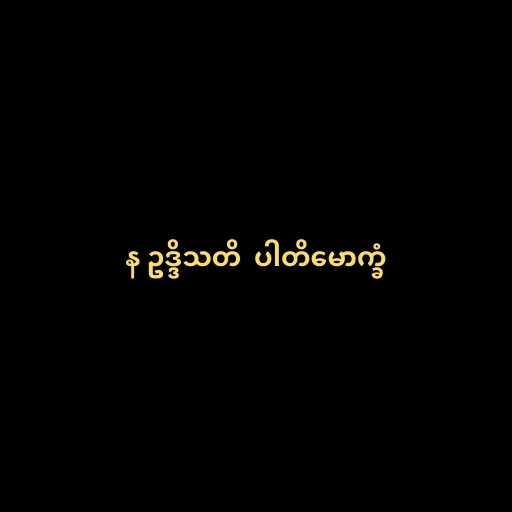
န ဥဒ္ဒိသတိ  ပါတိမောက္ခံ